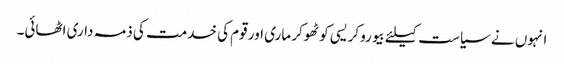
انہوں نے سیاست کیلئے بیوروکریسی کو ٹھوکر ماری اور قوم کی خدمت کی ذمہ داری اٹھائی۔